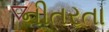
નીતરતા